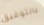
بالتوفيق